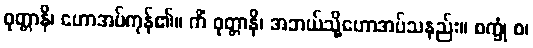
ဝုတ္တာနိ၊ ဟောအပ်ကုန်၏။ ကိံ ဝုတ္တာနိ၊ အဘယ်သို့ဟောအပ်သနည်း။ စက္ခုံ စ၊